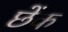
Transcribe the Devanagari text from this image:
छेंक